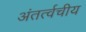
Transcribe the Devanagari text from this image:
अंतर्त्वचीय